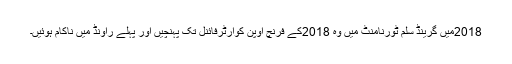
2018میں گرینڈ سلم ٹورنامنٹ میں وہ 2018کے فرنچ اوپن کوارٹرفائنل تک پہنچیں اور پہلے راؤنڈ میں ناکام ہوئیں۔